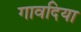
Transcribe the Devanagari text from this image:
गावदिया